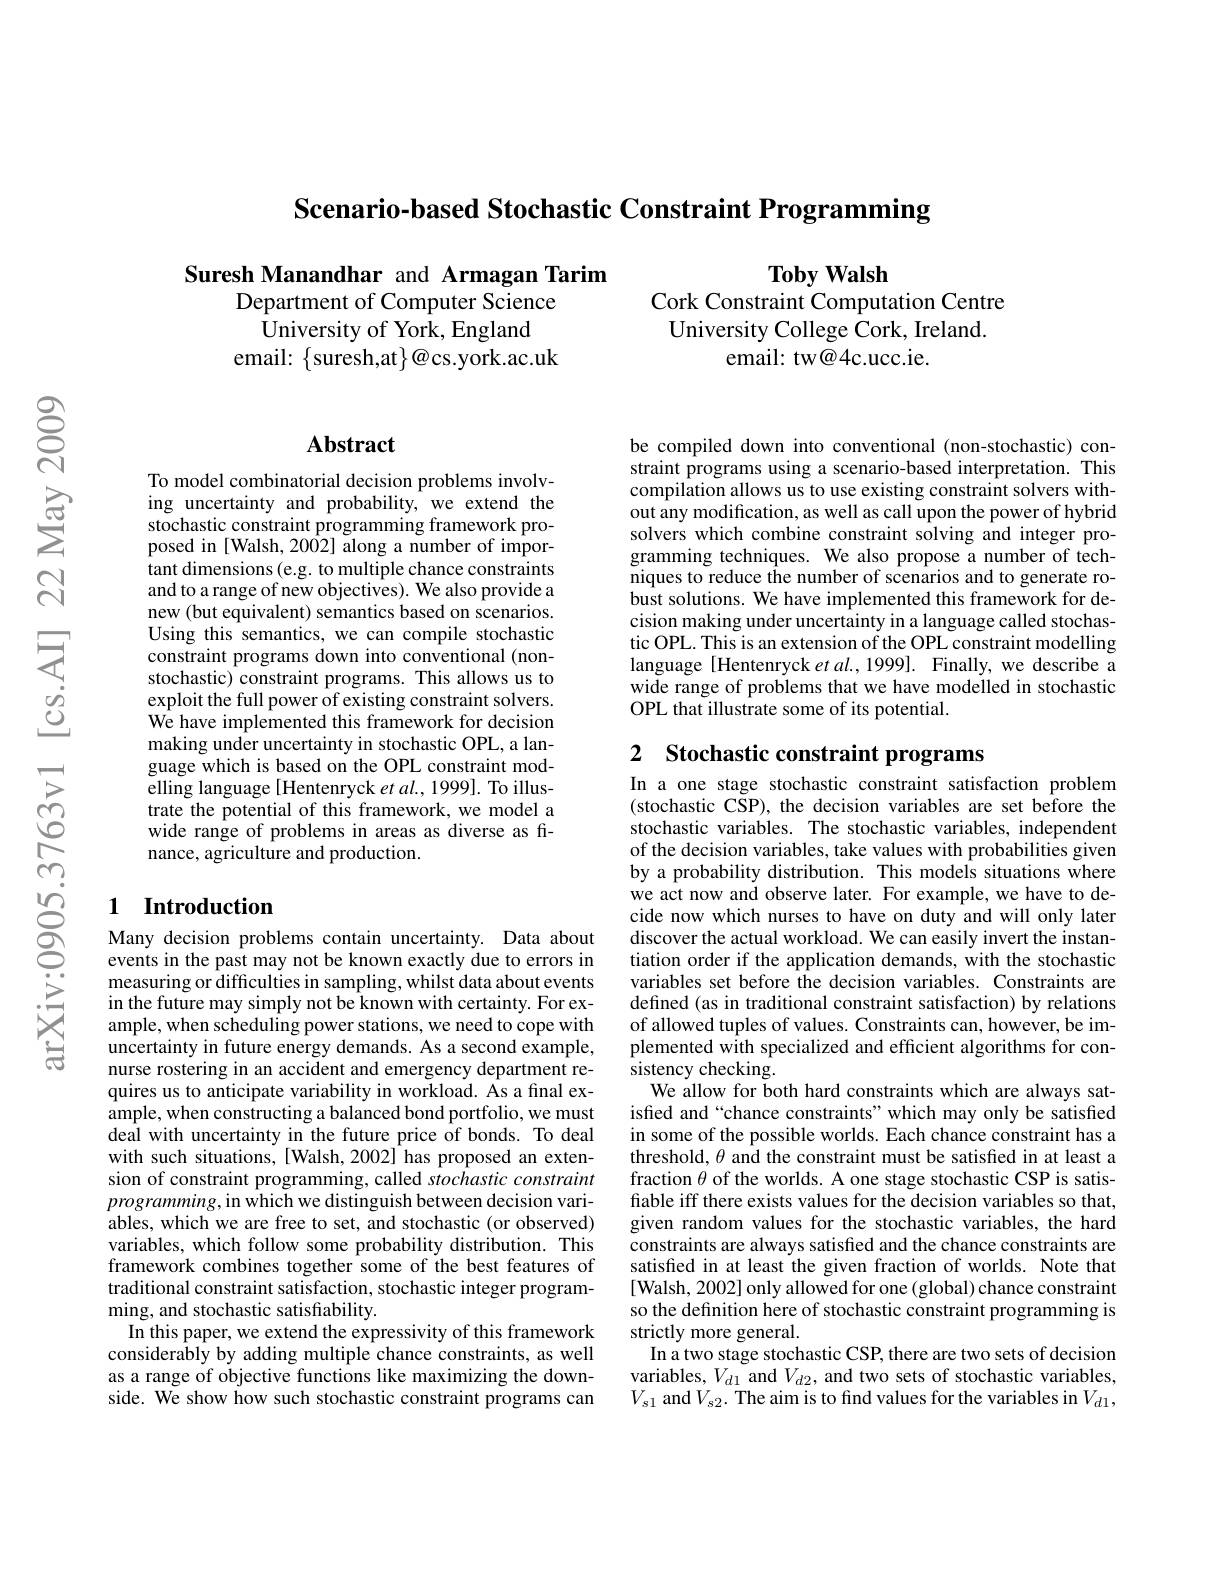
Scenario-based Stochastic Constraint Programming

Suresh Manandhar and Armagan Tarim
Department of Computer Science
University of York, England
email: $\{$suresh,at$\}\textcircled{a}$cs.york.ac.uk

$\mathbf{Toby}$ Walsh
Cork Constraint Computation Centre University College Cork, Ireland.
email: tw@4c.ucc.ie.

## Abstract

To model combinatorial decision problems involving uncertainty and probability, we extend the stochastic constraint programming framework proposed in [Walsh, 2002] along a number of important dimensions (e.g. to multiple chance constraints and to a range of new objectives). We also provide a new (but equivalent) semantics based on scenarios. Using this semantics, we can compile stochastic constraint programs down into conventional (nonstochastic) constraint programs. This allows us to exploit the full power of existing constraint solvers. We have implemented this framework for decision making under uncertainty in stochastic OPL, a language which is based on the OPL constraint modelling language [Hentenryck et al., 1999]. To illustrate the potential of this framework, we model a wide range of problems in areas as diverse as finance, agriculture and production.

## 1 Introduction

Many decision problems contain uncertainty. Data about events in the past may not be known exactly due to errors in measuring or difficulties in sampling, whilst data about events in the future may simply not be known with certainty. For example, when scheduling power stations, we need to cope with uncertainty in future energy demands. As a second example, nurse rostering in an accident and emergency department requires us to anticipate variability in workload. As a final example, when constructing a balanced bond portfolio, we must deal with uncertainty in the future price of bonds. To deal with such situations, [Walsh, 2002] has proposed an extension of constraint programming, called stochastic constraint $programming$,in which we distinguish between decision variables, which we are free to set, and stochastic (or observed) variables, which follow some probability distribution. This framework combines together some of the best features of traditional constraint satisfaction, stochastic integer programming, and stochastic satisfiability.
In this paper, we extend the expressivity of this framework considerably by adding multiple chance constraints, as well as a range of objective functions like maximizing the downside. We show how such stochastic constraint programs can

be compiled down into conventional (non-stochastic) constraint programs using a scenario-based interpretation. This compilation allows us to use existing constraint solvers without any modification, as well as call upon the power of hybrid solvers which combine constraint solving and integer programming techniques. We also propose a number of techniques to reduce the number of scenarios and to generate robust solutions. We have implemented this framework for decision making under uncertainty in a language called stochastic OPL. This is an extension of the OPL constraint modelling language [Hentenryck $etal.,1999].$ Finally, we describe a wide range of problems that we have modelled in stochastic OPL that illustrate some of its potential.

2 Stochastic constraint programs

In a one stage stochastic constraint satisfaction problem (stochastic CSP), the decision variables are set before the stochastic variables. The stochastic variables, independent of the decision variables, take values with probabilities given by a probability distribution. This models situations where we act now and observe later. For example, we have to decide now which nurses to have on duty and will only later discover the actual workload. We can easily invert the instantiation order if the application demands, with the stochastic variables set before the decision variables. Constraints are defined (as in traditional constraint satisfaction) by relations of allowed tuples of values. Constraints can, however, be implemented with specialized and efficient algorithms for consistency checking.
We allow for both hard constraints which are always satisfied and “chance constraints”which may only be satisfied in some of the possible worlds. Each chance constraint has a threshold, $\theta$ and the constraint must be satisfied in at least a fraction $\theta$ of the worlds. A one stage stochastic CSP is satisfiable iff there exists values for the decision variables so that, given random values for the stochastic variables, the hard constraints are always satisfied and the chance constraints are satisfied in at least the given fraction of worlds. Note that [Walsh, 2002] only allowed for one (global) chance constraint so the definition here of stochastic constraint programming is strictly more general.
In a two stage stochastic CSP, there are two sets of decision variables,$V_d1$ and $V_{d2}$, and two sets of stochastic variables, $V_{s1}$ and$V_s2.$ The aim is to find values for the variables in $V_d1$,